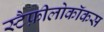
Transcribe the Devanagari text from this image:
स्टैफ़ीलोकॉकस